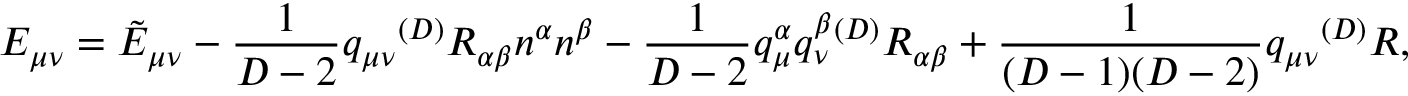
E _ { \mu \nu } = { \tilde { E } } _ { \mu \nu } - \frac { 1 } { D - 2 } q _ { \mu \nu } { } ^ { ( D ) } R _ { \alpha \beta } n ^ { \alpha } n ^ { \beta } - \frac { 1 } { D - 2 } q _ { \mu } ^ { \alpha } q _ { \nu } ^ { \beta } { } ^ { ( D ) } R _ { \alpha \beta } + \frac { 1 } { ( D - 1 ) ( D - 2 ) } q _ { \mu \nu } { } ^ { ( D ) } R ,